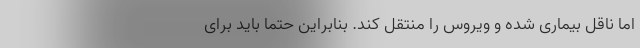
اما ناقل بیماری شده و ویروس را منتقل کند. بنابراین حتما باید برای